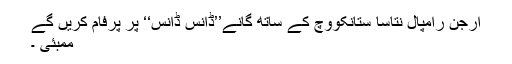
ارجن رامپال نتاسا ستانکووچ کے ساتھ گانے’’ڈانس ڈانس‘‘ پر پرفام کریں گے
ممبئی ۔